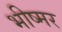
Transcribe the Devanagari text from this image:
भीष्मर